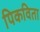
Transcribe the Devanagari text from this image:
पिकविता